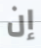
إن